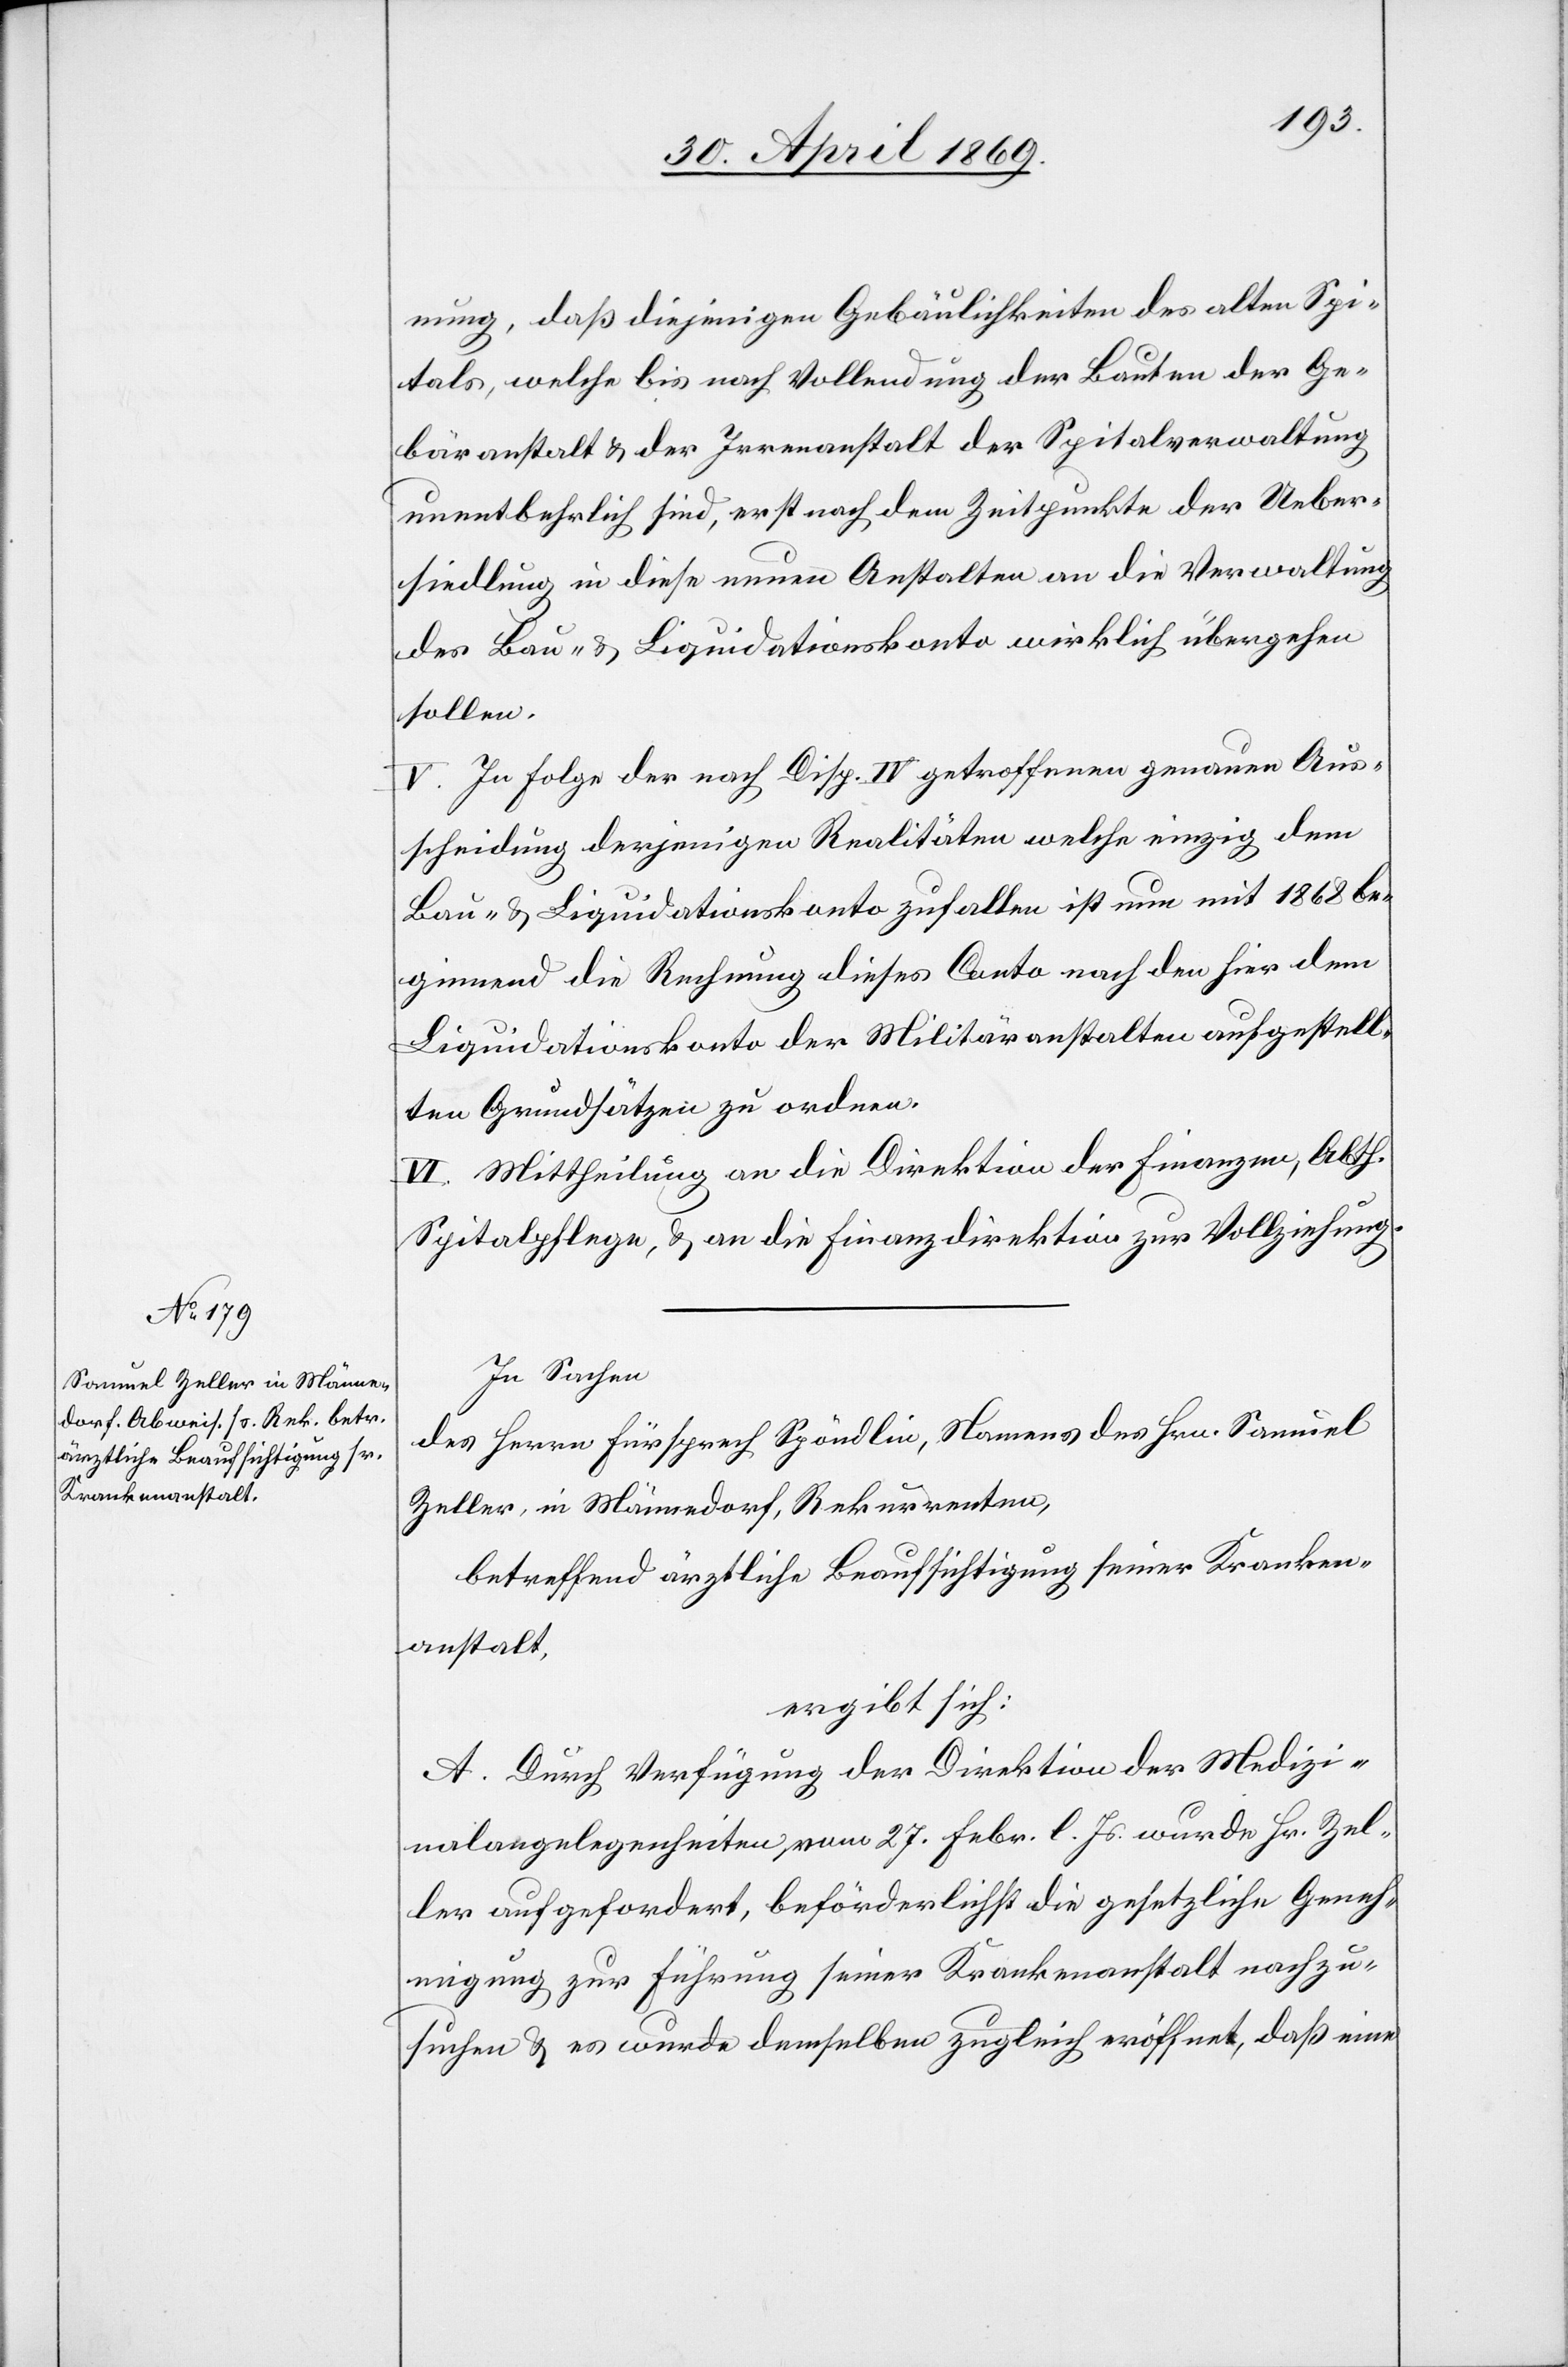
In Sachen
des Herrn Fürsprech Spöndlin, Namens des Hrn. Samuel
Zeller, in Männedorf, Rekurrenten,
betreffend ärztliche Beaufsichtigung seiner Kranken¬
anstalt,
ergibt sich:
A. Durch Verfügung der Direktion der Medizi¬
nalangelegenheiten, vom 27. Febr. l. Js. wurde Hr. Zel¬
ler aufgefordert, beförderlichst die gesetzliche Geneh¬
migung zur Führung seiner Krankenanstalt nachzu¬
suchen u. es wurde demselben zugleich eröffnet, daß eine